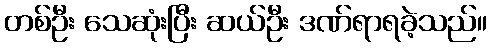
တစ်ဦး သေဆုံးပြီး ဆယ်ဦး ဒဏ်ရာရခဲ့သည်။